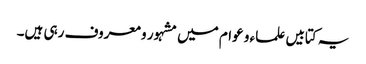
یہ کتابیں علماء و عوام میں مشہور و معروف رہی ہیں۔